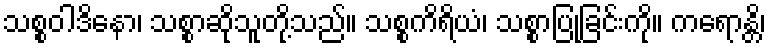
သစ္စဝါဒိနော၊ သစ္စာဆိုသူတို့သည်။ သစ္စကိရိယံ၊ သစ္စာပြုခြင်းကို။ ကရောန္တိ၊